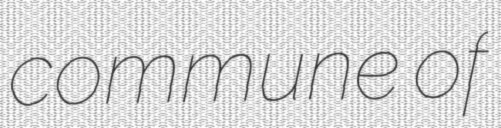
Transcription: commune of